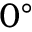
0 ^ { \circ }